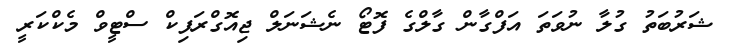
ޝަރުބަތު ގުލާ ނުވަތަ އަފްގާން ގާލްގެ ފޮޓޯ ނެޝަނަލް ޖިއޮގްރަފިކް ސްޓީވް މެކްކަރީ